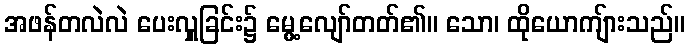
အဖန်တလဲလဲ ပေးလှူခြင်း၌ မွေ့လျော်တတ်၏။ သော၊ ထိုယောကျ်ားသည်။